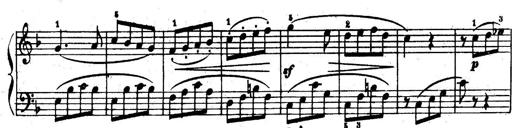
Title: 6 Piano Sonatinas
Composer: Cornelius Gurlitt